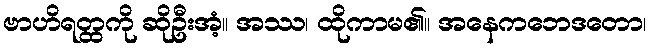
ဗာဟိရတ္ထကို ဆိုဦးအံ့။ အဿ၊ ထိုကာမ၏။ အနေကဘေဒတော၊